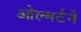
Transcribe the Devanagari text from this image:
ओल्मर्टने